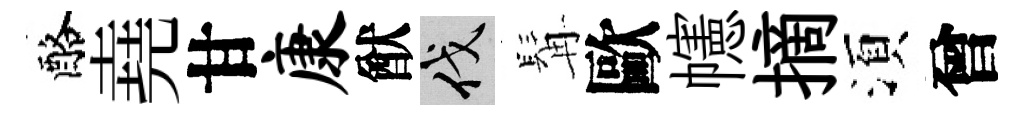
酪堯甘康猷伐髯歐幰摘湏曾